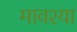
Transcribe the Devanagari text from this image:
मावश्या